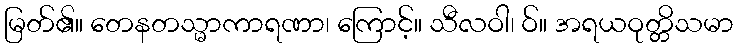
မြတ်၏။ တေနတသ္မာကာရဏာ၊ ကြောင့်။ သီလဝါ၊ ဝ်။ အရယဝုတ္တိသမာ